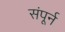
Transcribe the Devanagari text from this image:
संपूर्न